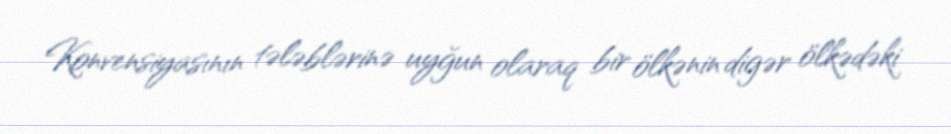
Konvensiyasının tələblərinə uyğun olaraq bir ölkənin digər ölkədəki